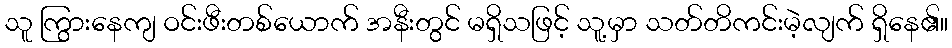
သူ ကြွားနေကျ ဝင်းဖီးတစ်ယောက် အနီးတွင် မရှိသဖြင့် သူ့မှာ သတ်တိကင်းမဲ့လျက် ရှိနေ၏။